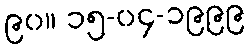
၉၀။ ၁၅-၀၄-၁၉၉၉